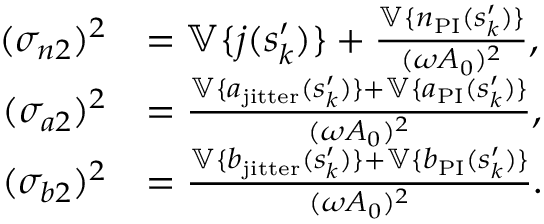
\begin{array} { r l } { ( \sigma _ { n 2 } ) ^ { 2 } } & { = \mathbb { V } \{ j ( s _ { k } ^ { \prime } ) \} + \frac { \mathbb { V } \{ n _ { \mathrm { P I } } ( s _ { k } ^ { \prime } ) \} } { ( \omega A _ { 0 } ) ^ { 2 } } , } \\ { ( \sigma _ { a 2 } ) ^ { 2 } } & { = \frac { \mathbb { V } \{ a _ { \mathrm { j i t t e r } } ( s _ { k } ^ { \prime } ) \} + \mathbb { V } \{ a _ { \mathrm { P I } } ( s _ { k } ^ { \prime } ) \} } { ( \omega A _ { 0 } ) ^ { 2 } } , } \\ { ( \sigma _ { b 2 } ) ^ { 2 } } & { = \frac { \mathbb { V } \{ b _ { \mathrm { j i t t e r } } ( s _ { k } ^ { \prime } ) \} + \mathbb { V } \{ b _ { \mathrm { P I } } ( s _ { k } ^ { \prime } ) \} } { ( \omega A _ { 0 } ) ^ { 2 } } . } \end{array}